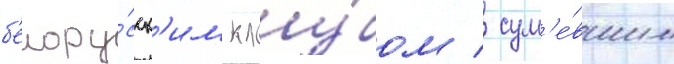
б'елору́сск'им клу́бом / сум'е́вшим